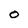
Character: O